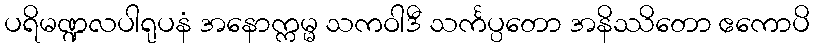
ပရိမဏ္ဍလပါရုပနံ အနောက္ကမ္မ သကဝါဒီ သင်္ကပ္ပတော အနိဿိတော ဧကောပိ